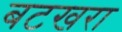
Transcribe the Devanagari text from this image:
बटखरा